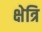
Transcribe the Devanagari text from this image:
क्षेत्रि